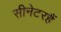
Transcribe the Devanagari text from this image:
सीनेटरहैं